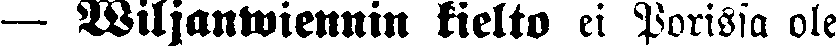
— Wiljanwiennin kielto ei Porissa ole